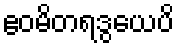
ဧဝမိတရဒွယေပိ